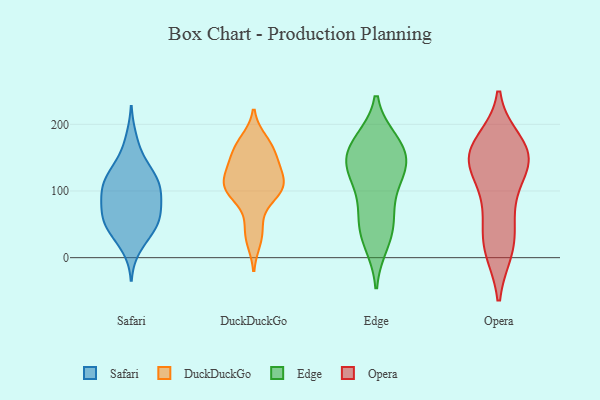
{"axis": {"x": "Bounce Rate (%)", "y": "Value"}, "legend": ["DuckDuckGo", "Edge", "Opera", "Safari"], "data": [{"x": "", "y": 15, "type": "Safari"}, {"x": "", "y": 149, "type": "Safari"}, {"x": "", "y": 115, "type": "Safari"}, {"x": "", "y": 96, "type": "Safari"}, {"x": "", "y": 59, "type": "Safari"}, {"x": "", "y": 84, "type": "Safari"}, {"x": "", "y": 132, "type": "Safari"}, {"x": "", "y": 57, "type": "Safari"}, {"x": "", "y": 71, "type": "Safari"}, {"x": "", "y": 122, "type": "Safari"}, {"x": "", "y": 57, "type": "Safari"}, {"x": "", "y": 37, "type": "Safari"}, {"x": "", "y": 85, "type": "Safari"}, {"x": "", "y": 111, "type": "Safari"}, {"x": "", "y": 50, "type": "Safari"}, {"x": "", "y": 39, "type": "Safari"}, {"x": "", "y": 115, "type": "Safari"}, {"x": "", "y": 178, "type": "Safari"}, {"x": "", "y": 98, "type": "Safari"}, {"x": "", "y": 125, "type": "DuckDuckGo"}, {"x": "", "y": 98, "type": "DuckDuckGo"}, {"x": "", "y": 100, "type": "DuckDuckGo"}, {"x": "", "y": 141, "type": "DuckDuckGo"}, {"x": "", "y": 161, "type": "DuckDuckGo"}, {"x": "", "y": 112, "type": "DuckDuckGo"}, {"x": "", "y": 176, "type": "DuckDuckGo"}, {"x": "", "y": 166, "type": "DuckDuckGo"}, {"x": "", "y": 95, "type": "DuckDuckGo"}, {"x": "", "y": 26, "type": "DuckDuckGo"}, {"x": "", "y": 135, "type": "DuckDuckGo"}, {"x": "", "y": 48, "type": "DuckDuckGo"}, {"x": "", "y": 106, "type": "DuckDuckGo"}, {"x": "", "y": 23, "type": "Edge"}, {"x": "", "y": 160, "type": "Edge"}, {"x": "", "y": 173, "type": "Edge"}, {"x": "", "y": 121, "type": "Edge"}, {"x": "", "y": 169, "type": "Edge"}, {"x": "", "y": 64, "type": "Edge"}, {"x": "", "y": 142, "type": "Edge"}, {"x": "", "y": 120, "type": "Edge"}, {"x": "", "y": 59, "type": "Edge"}, {"x": "", "y": 161, "type": "Edge"}, {"x": "", "y": 126, "type": "Edge"}, {"x": "", "y": 37, "type": "Edge"}, {"x": "", "y": 171, "type": "Opera"}, {"x": "", "y": 18, "type": "Opera"}, {"x": "", "y": 23, "type": "Opera"}, {"x": "", "y": 147, "type": "Opera"}, {"x": "", "y": 153, "type": "Opera"}, {"x": "", "y": 145, "type": "Opera"}, {"x": "", "y": 70, "type": "Opera"}, {"x": "", "y": 14, "type": "Opera"}, {"x": "", "y": 152, "type": "Opera"}, {"x": "", "y": 158, "type": "Opera"}, {"x": "", "y": 142, "type": "Opera"}, {"x": "", "y": 90, "type": "Opera"}]}